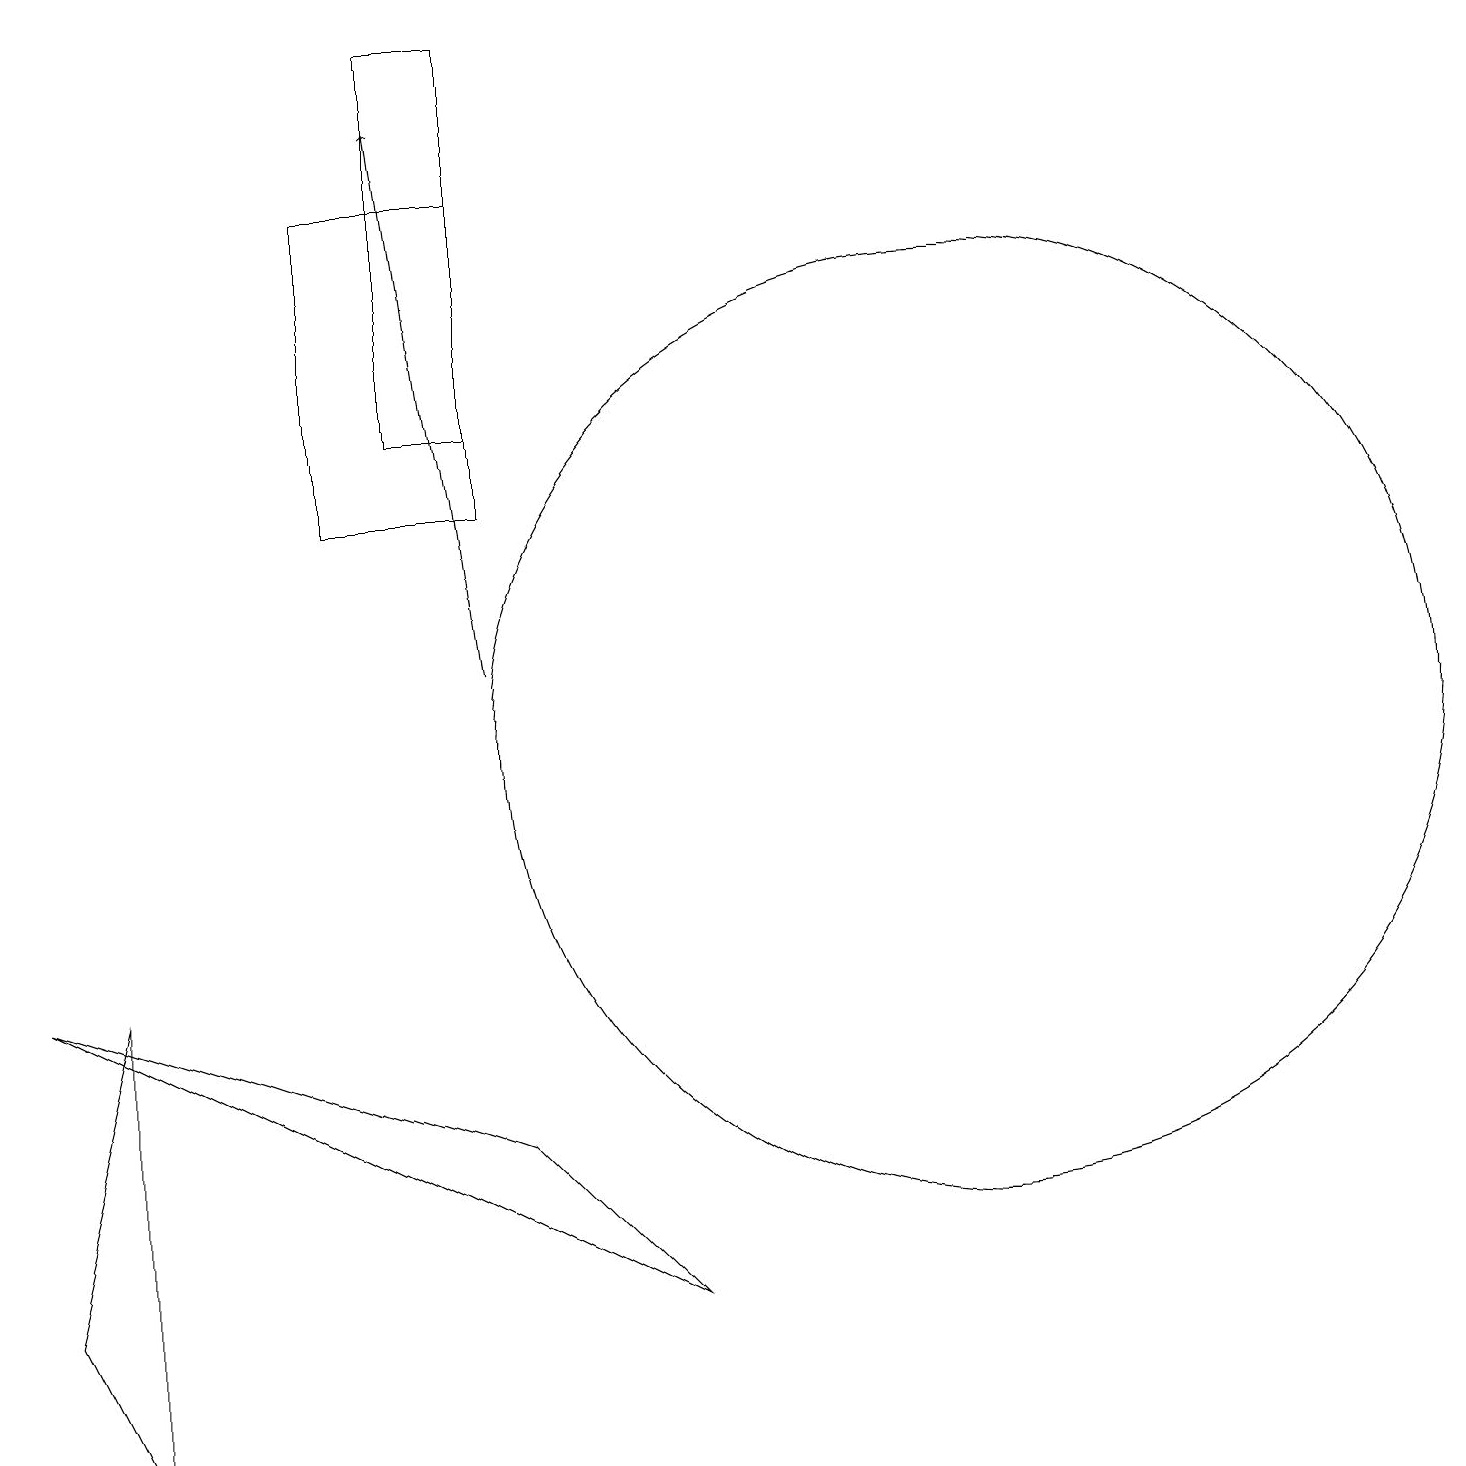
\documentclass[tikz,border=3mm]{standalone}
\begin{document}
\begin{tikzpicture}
\draw (6,14) rectangle (5,19);
\draw (8,3) -- (6,5) -- (0,7) -- cycle;
\draw (6,13) rectangle (4,17);
\draw (0,3) -- (1,7) -- (1,1) -- cycle;
\draw[->] (6,11) -- (5,18);
\draw (12,10) circle (6);
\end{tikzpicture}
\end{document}